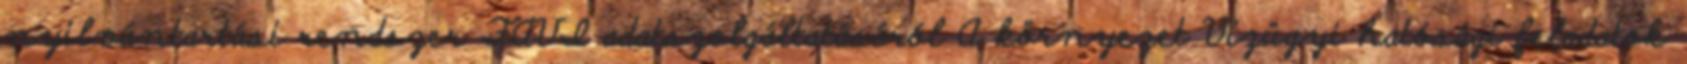
nyilvántartási rendszer FAVI adatszolgáltatásáról A környezet Vízügyi hatósági feladatok